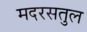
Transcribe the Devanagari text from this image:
मदरसतुल